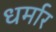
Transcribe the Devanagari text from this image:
धर्मार